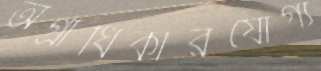
অগ্রাধিকারযোগ্য